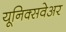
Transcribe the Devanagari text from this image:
यूनिक्सवेअर